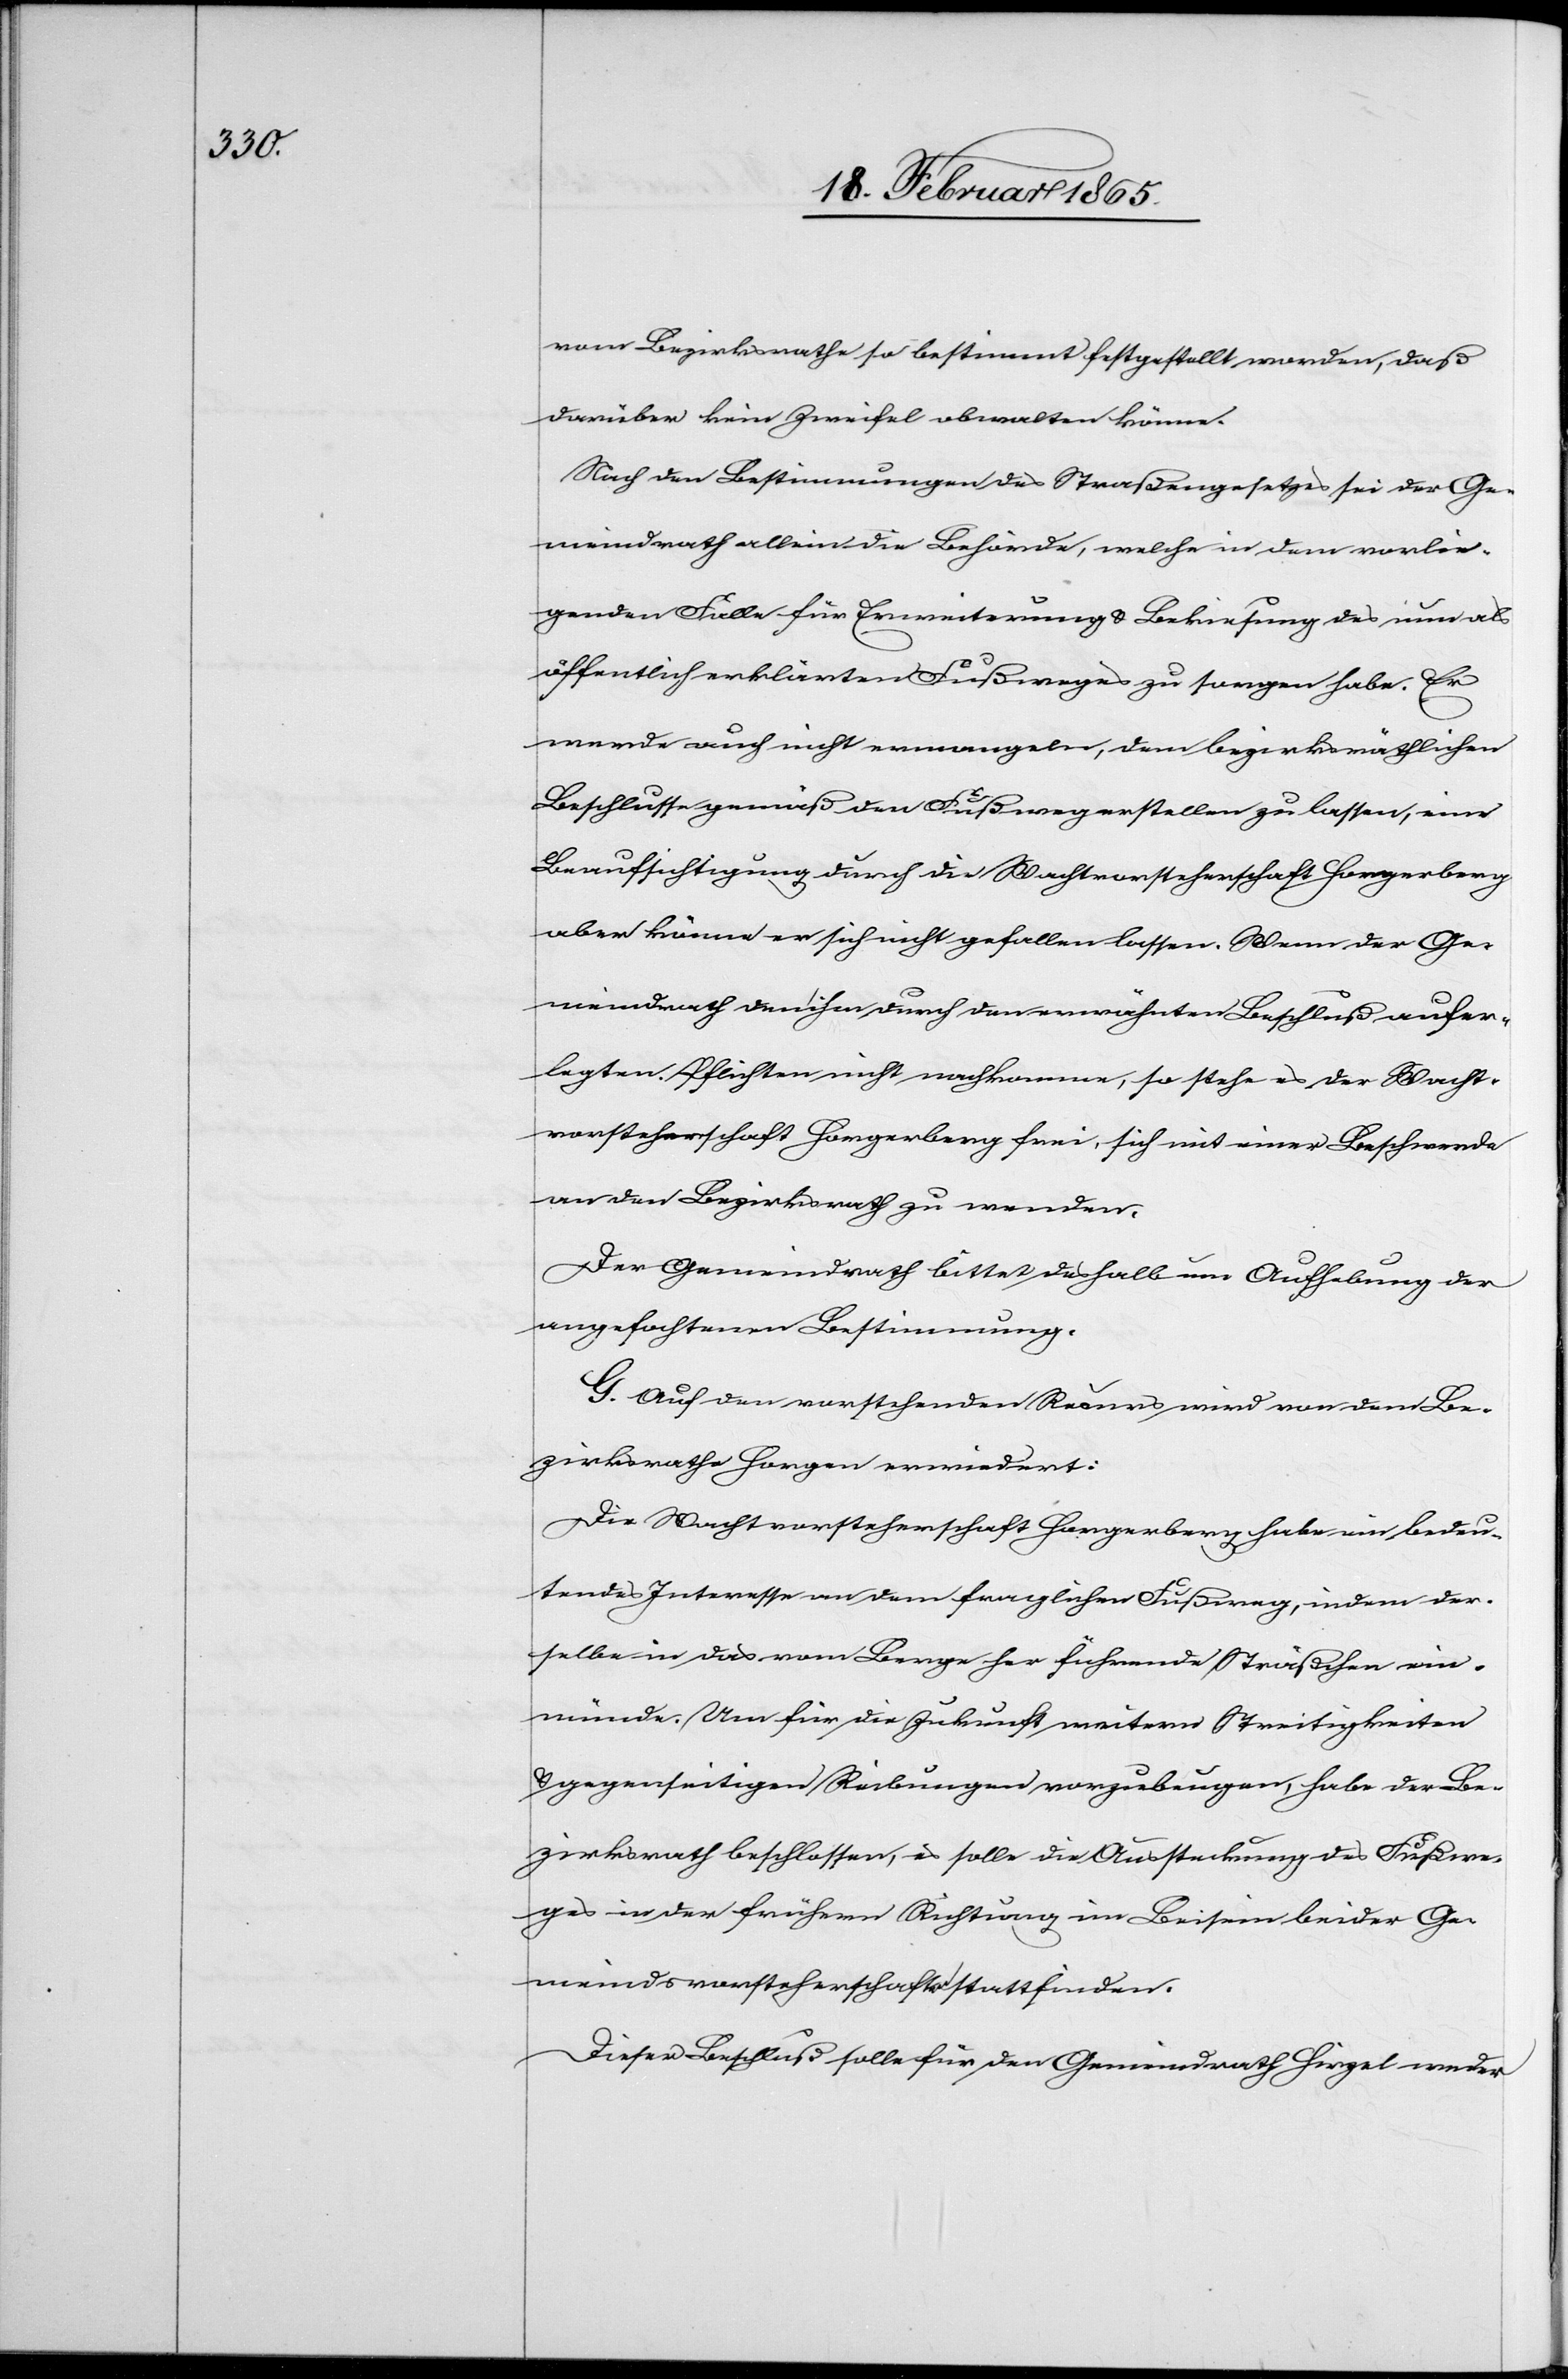
vom Bezirksrathe so bestimmt festgestellt worden, daß
darüber kein Zweifel obwalten könne.
Nach den Bestimmungen des Straßengesetzes sei der Ge¬
meindrath allein die Behörde, welche in dem vorlie¬
genden Falle für Erweiterung u. Bekiesung des nun als
öffentlich erklärten Fußweges zu sorgen habe. Er
werde auch nicht ermangeln, dem bezirksräthlichen
Beschlusse gemäß den Fußweg erstellen zu lassen, eine
Beaufsichtigung durch die Wachtvorsteherschaft Horgerberg
aber könne er sich nicht gefallen lassen. Wenn der Ge¬
meindrath den ihm durch den erwähnten Beschluß aufer¬
legten Pflichten nicht nachkomme, so stehe es der Wacht¬
vorsteherschaft Horgerberg frei, sich mit einer Beschwerde
an den Bezirksrath zu wenden.
Der Gemeindrath bittet deshalb um Aufhebung der
angefochtenen Bestimmung.
G. Auf den vorstehenden Recurs wird von dem Be¬
zirksrathe Horgen erwiedert:
Die Wachtvorsteherschaft Horgerberg habe ein bedeu¬
tendes Interesse an dem fraglichen Fußweg, indem der¬
selbe in das vom Berge her führende Sträßchen ein¬
münde. Um für die Zukunft weitern Streitigkeiten
u. gegenseitigen Reibungen vorzubeugen, habe der Be¬
zirksrath beschlossen, es solle die Aussteckung des Fußwe¬
ges in der frühern Richtung im Beisein beider Ge¬
meindsvorsteherschaften stattfinden.
Dieser Beschluß solle für den Gemeindrath Hirzel weder